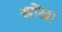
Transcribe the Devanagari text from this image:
खोंखा